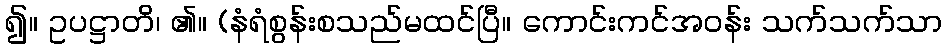
၍။ ဥပဋ္ဌာတိ၊ ၏။ (နံရံစွန်းစသည်မထင်ပြီ။ ကောင်းကင်အဝန်း သက်သက်သာ